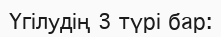
Үгілудің 3 түрі бар: